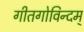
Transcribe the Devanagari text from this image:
गीतगोविन्दम्